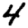
Digit: 4